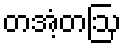
တအံ့တဩ